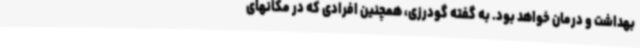
بهداشت و درمان خواهد بود. به گفته گودرزی، همچنین افرادی که در مکانهای